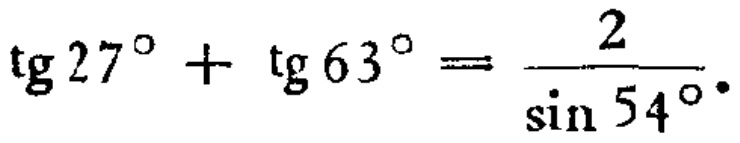
\(\text{tg}27^{\circ}+\text{tg}63^{\circ}=\frac{2}{\sin54^{\circ}}\)